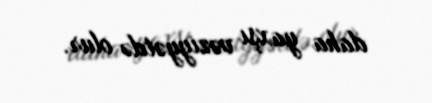
daha yaxşı vəziyyətdə olur.